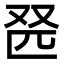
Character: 𫨹